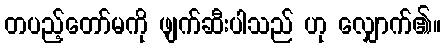
တပည့်တော်မကို ဖျက်ဆီးပါသည် ဟု လျှောက်၏။